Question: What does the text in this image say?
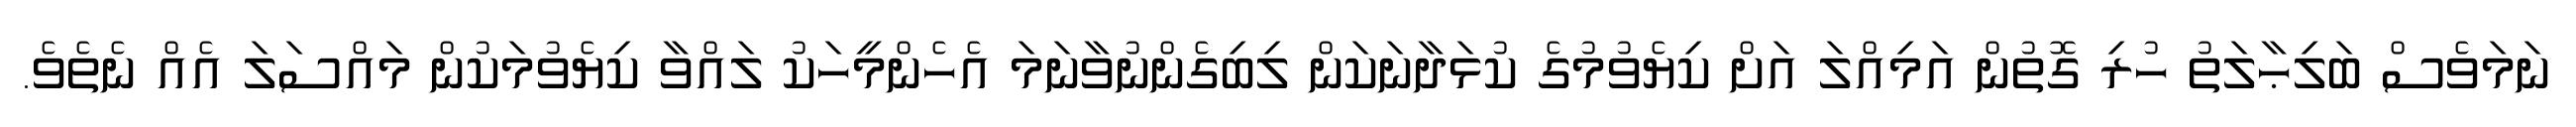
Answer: ނަމަވެސް ބަލިޙާލަތު ހުރި ގޮތުން އަމިއްލަ އަށް ކިޔެވުމުގެ ކުޅަދާނަކަން ލިބިގެންނުވާނަމަ އެހެންމީހަކު ލައްވާ ކިޔެވުމަކުން މައްސަލަ އެއް ނެތެވެ.